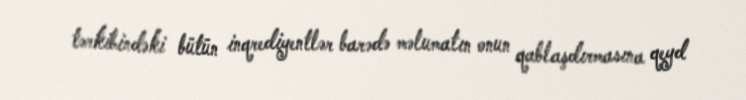
tərkibindəki bütün inqrediyentlər barədə məlumatın onun qablaşdırmasına qeyd